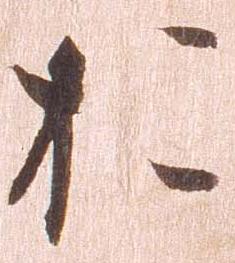
お